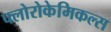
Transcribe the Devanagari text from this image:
फ्लोरोकेमिकल्स